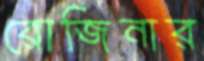
রোজিনার